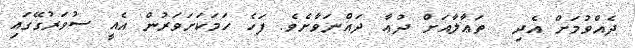
ދެއްވުމަށް އެދި  ތަޢާލާއަށް ދުޢާ ދައްނަވާށެވެ. ފަހެ ހަމަކަށަވަރުން އެއީ ސުވަރުގޭގައި